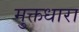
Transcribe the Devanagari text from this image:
मुक्तधारा